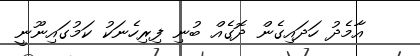
އާމެދު ހަދައިގެން ދޮގެއް ބުނި ފިރިހެނަކު ކަމުގައިނޫނީ